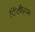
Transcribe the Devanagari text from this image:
टिंडीवनम